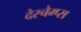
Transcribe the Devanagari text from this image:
देस्चेम्प्स